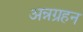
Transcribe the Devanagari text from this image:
अन्नग्रहन